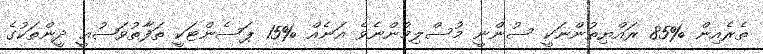
ތެރެއިން %85 ރައްޔިތުންނަކީ ސުންނީ މުސްލިމުންނެވެ އަނެއް %15 ޕަސެންޓަކީ ތަފާތުވަޟުޢީ ދީންތަކުގެ